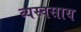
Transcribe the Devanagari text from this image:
व्यस्वसाय